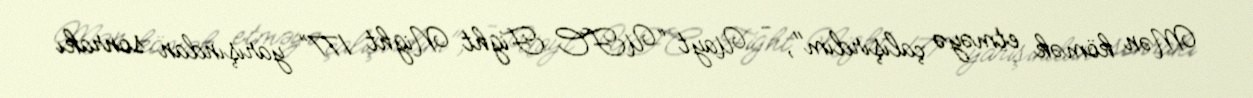
Mən kömək etməyə çalışırdım", - Uayt “UFC Fight Night 177” yarışından sonrakı